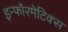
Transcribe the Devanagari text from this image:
इन्‍फॉरमेटिक्‍स